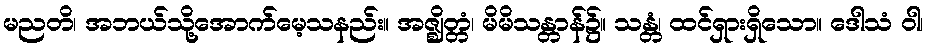
မညတိ၊ အဘယ်သို့အောက်မေ့သနည်း။ အဇ္ဈိတ္တံ၊ မိမိသန္တာန်၌။ သန္တံ၊ ထင်ရှားရှိသော။ ဒေါသံ ဝါ၊